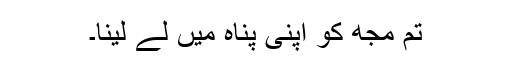
تم مجھ کو اپنی پناہ میں لے لینا۔